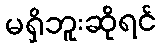
မရှိဘူးဆိုရင်